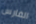
الفارس